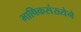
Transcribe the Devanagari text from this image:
भाषिकसंख्येने